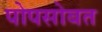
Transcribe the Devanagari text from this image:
पोपसोबत